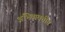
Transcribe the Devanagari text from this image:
अभिव्यक्तीत